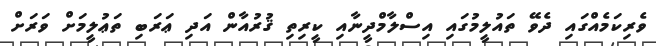
ވެރިކަމެއްގައި ދެވޭ ތައުލީމުގައި އިސްލާމްދީނާއި ކީރިތި ޤުރުއާން އަދި ޢަރަބި ތަޢުލީމަށް ވަރަށް